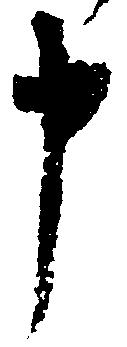
申